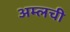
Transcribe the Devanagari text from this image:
अम्लची